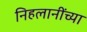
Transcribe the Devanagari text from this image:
निहलानींच्या